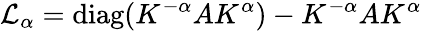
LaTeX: \mathcal{L}_{\alpha}=\mathrm{{diag}}(K^{-\alpha}AK^{\alpha})-K^{-\alpha}AK^{\alpha}